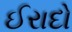
ઈરાદો